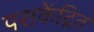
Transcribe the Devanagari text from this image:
पराकेंद्रित